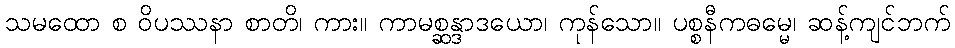
သမထော စ ဝိပဿနာ စာတိ၊ ကား။ ကာမစ္ဆန္ဒာဒယော၊ ကုန်သော။ ပစ္စနီကဓမ္မေ၊ ဆန့်ကျင်ဘက်